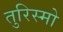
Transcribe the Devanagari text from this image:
तुरिस्मो